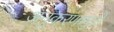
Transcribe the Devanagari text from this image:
अनुकरणामुळे